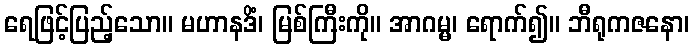
ရေဖြင့်ပြည့်သော။ မဟာနဒိံ၊ မြစ်ကြီးကို။ အာဂမ္မ၊ ရောက်၍။ ဘီရုကဇနော၊